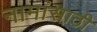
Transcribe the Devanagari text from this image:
नामांसाठी